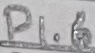
Text: P1.6